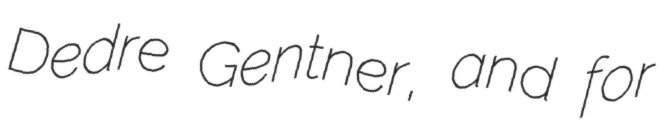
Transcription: Dedre Gentner, and for